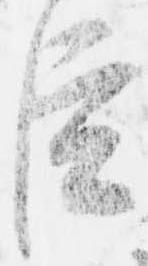
臣